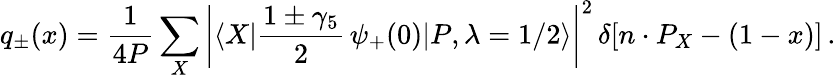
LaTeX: q_{\pm}(x)={\frac{1}{4P}}\sum_{X}\left|\langle X|{\frac{1\pm\gamma_{5}}{2}}\, \psi_{+}(0)|P,\lambda=1/2\rangle\right|^{2}\, \delta[n\cdot P_{X}-(1-x)]\, .